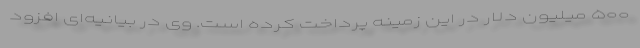
۵۰۰ میلیون دلار در این زمینه پرداخت کرده است. وی در بیانیه‌ای افزود